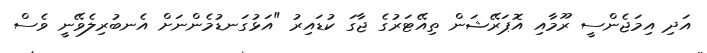
އަދި އިމަޖެންސީ ރޫމާއި އޮޕަރޭޝަން ތިއޭޓަރުގެ ޖާގަ ކުޑައިރު "އަޅުގަނޑުމެންނަށް އެނބުރިލެވޭނީ ވެސް